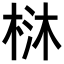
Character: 𣒑